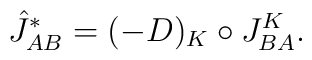
{\hat J}^\ast_{AB}=(-D)_K\circ J^K_{BA}.